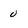
Character: 0